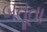
બતૂતા